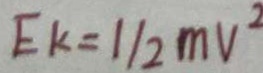
E k = 1 / 2 m v ^ { 2 }